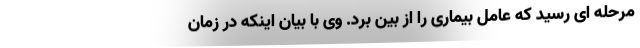
مرحله ای رسید که عامل بیماری را از بین برد. وی با بیان اینکه در زمان